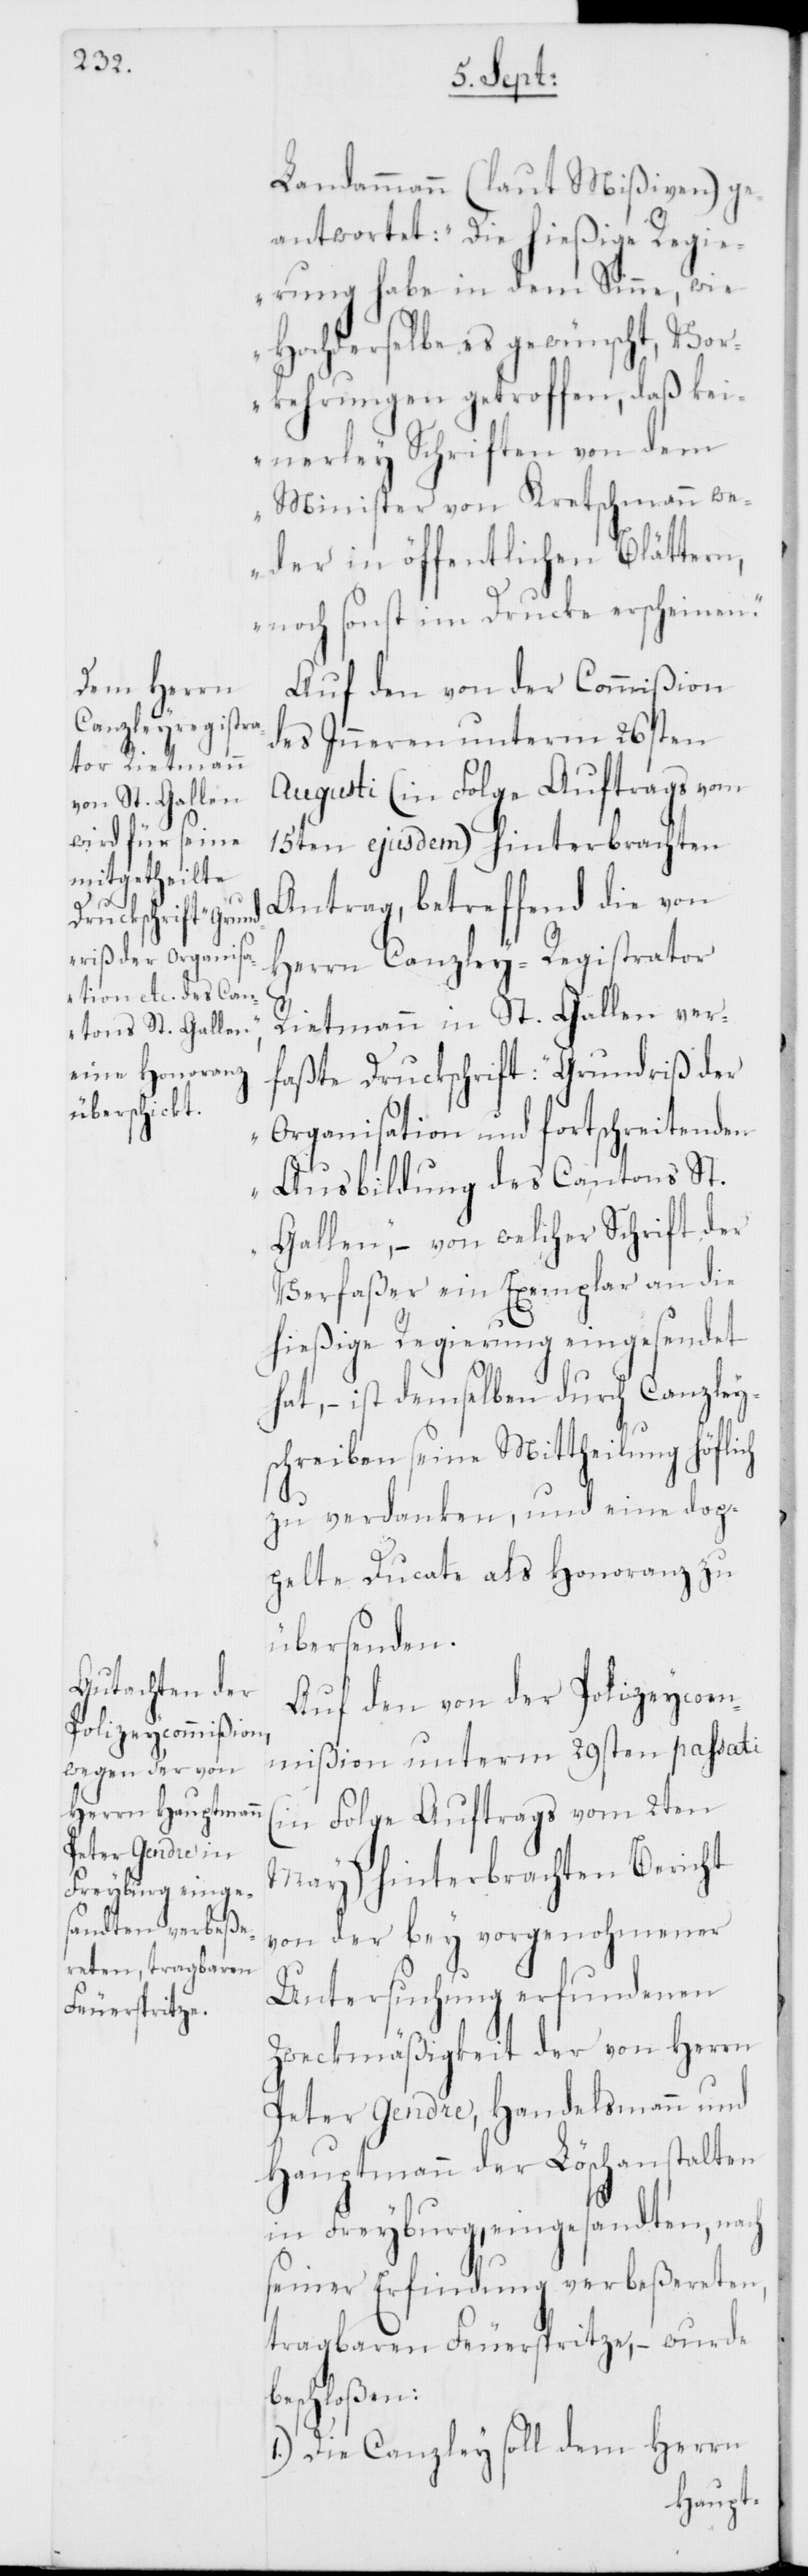
Landammann (laut Mißiven) ge¬
antwortet: „Die hießige Regie¬
rung habe in dem Sinne, wie
Hochderselbe es gewünscht, Vo¬
rkehrungen getroffen, daß kei¬
nerley Schriften von dem
Minister von Kretschmann we¬
der in öffentlichen Blättern,
noch sonst im Drucke erscheinen.“
Auf den von der Commißion
des Inneren unterm 26sten
Augusti (in Folge Auftrags vom
15ten ejusdem) hinterbrachten
Antrag, betreffend die von
Herrn Canzley-Registrator
Rietmann in St. Gallen ver¬
faßte Druckschrift: „Grundriß der
Organisation und fortschreitenden
Ausbildung des Cantons St.
Gallen,“ – von welcher Schrift der
Verfaßer ein Exemplar an die
hießige Regierung eingesendet
hat, – ist demselben durch Canzley¬
schreiben seine Mittheilung höflich
zu verdanken, und eine dop¬
pelte Ducate als Honoranz zu
übersenden.
Auf den von der Polizeycom¬
mißion unterm 29sten passati
(in Folge Auftrags vom 2ten
May) hinterbrachten Bericht
von der bey vorgenohmener
Untersuchung erfundenen
Zweckmäßigkeit der von Herrn
Peter Gendre, Handelsmann und
Hauptmann der Löschanstalten
in Freyburg, eingesandten, nach
seiner Erfindung verbeßereten
tragbaren Feuerspritze, – wurde
beschloßen:
1.) Die Canzley soll dem Herrn